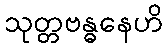
သုတ္တဗန္ဓနေဟိ